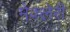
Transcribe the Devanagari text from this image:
मेक्लेरी